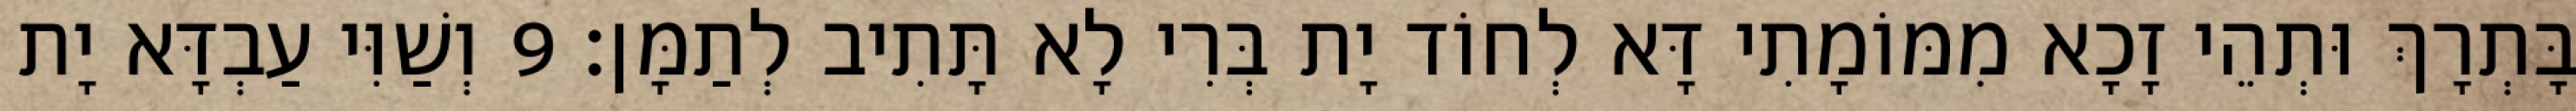
בָּתְרָךְ וּתְהֵי זָכָא מִמּוֹמָתִי דָּא לְחוֹד יָת בְּרִי לָא תָּתִיב לְתַמָּן׃ 9 וְשַׁוִּי עַבְדָּא יָת